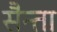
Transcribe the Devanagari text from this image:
सैन्ता